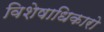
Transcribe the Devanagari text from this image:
विशेषाधिकारो